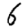
Digit: 6